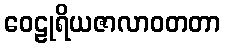
ဝေဠုရိယဇာလာဝတတာ